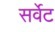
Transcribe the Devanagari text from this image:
सर्वेट